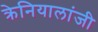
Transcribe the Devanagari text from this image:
क्रेनियालांजी